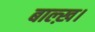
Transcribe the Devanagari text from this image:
बाल्ख़।